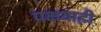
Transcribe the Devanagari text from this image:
पक्षवाही